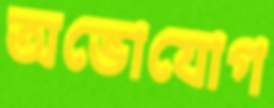
অভোযোগ